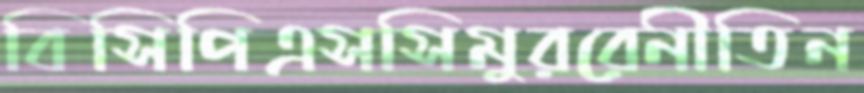
বিসিপিএসসিমুররেনীতিন